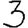
Digit: 3